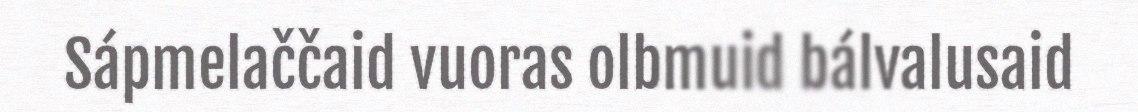
Sápmelaččaid vuoras olbmuid bálvalusaid